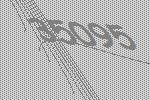
35095